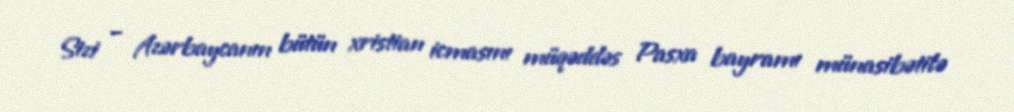
Sizi – Azərbaycanın bütün xristian icmasını müqəddəs Pasxa bayramı münasibətilə